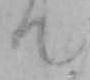
て